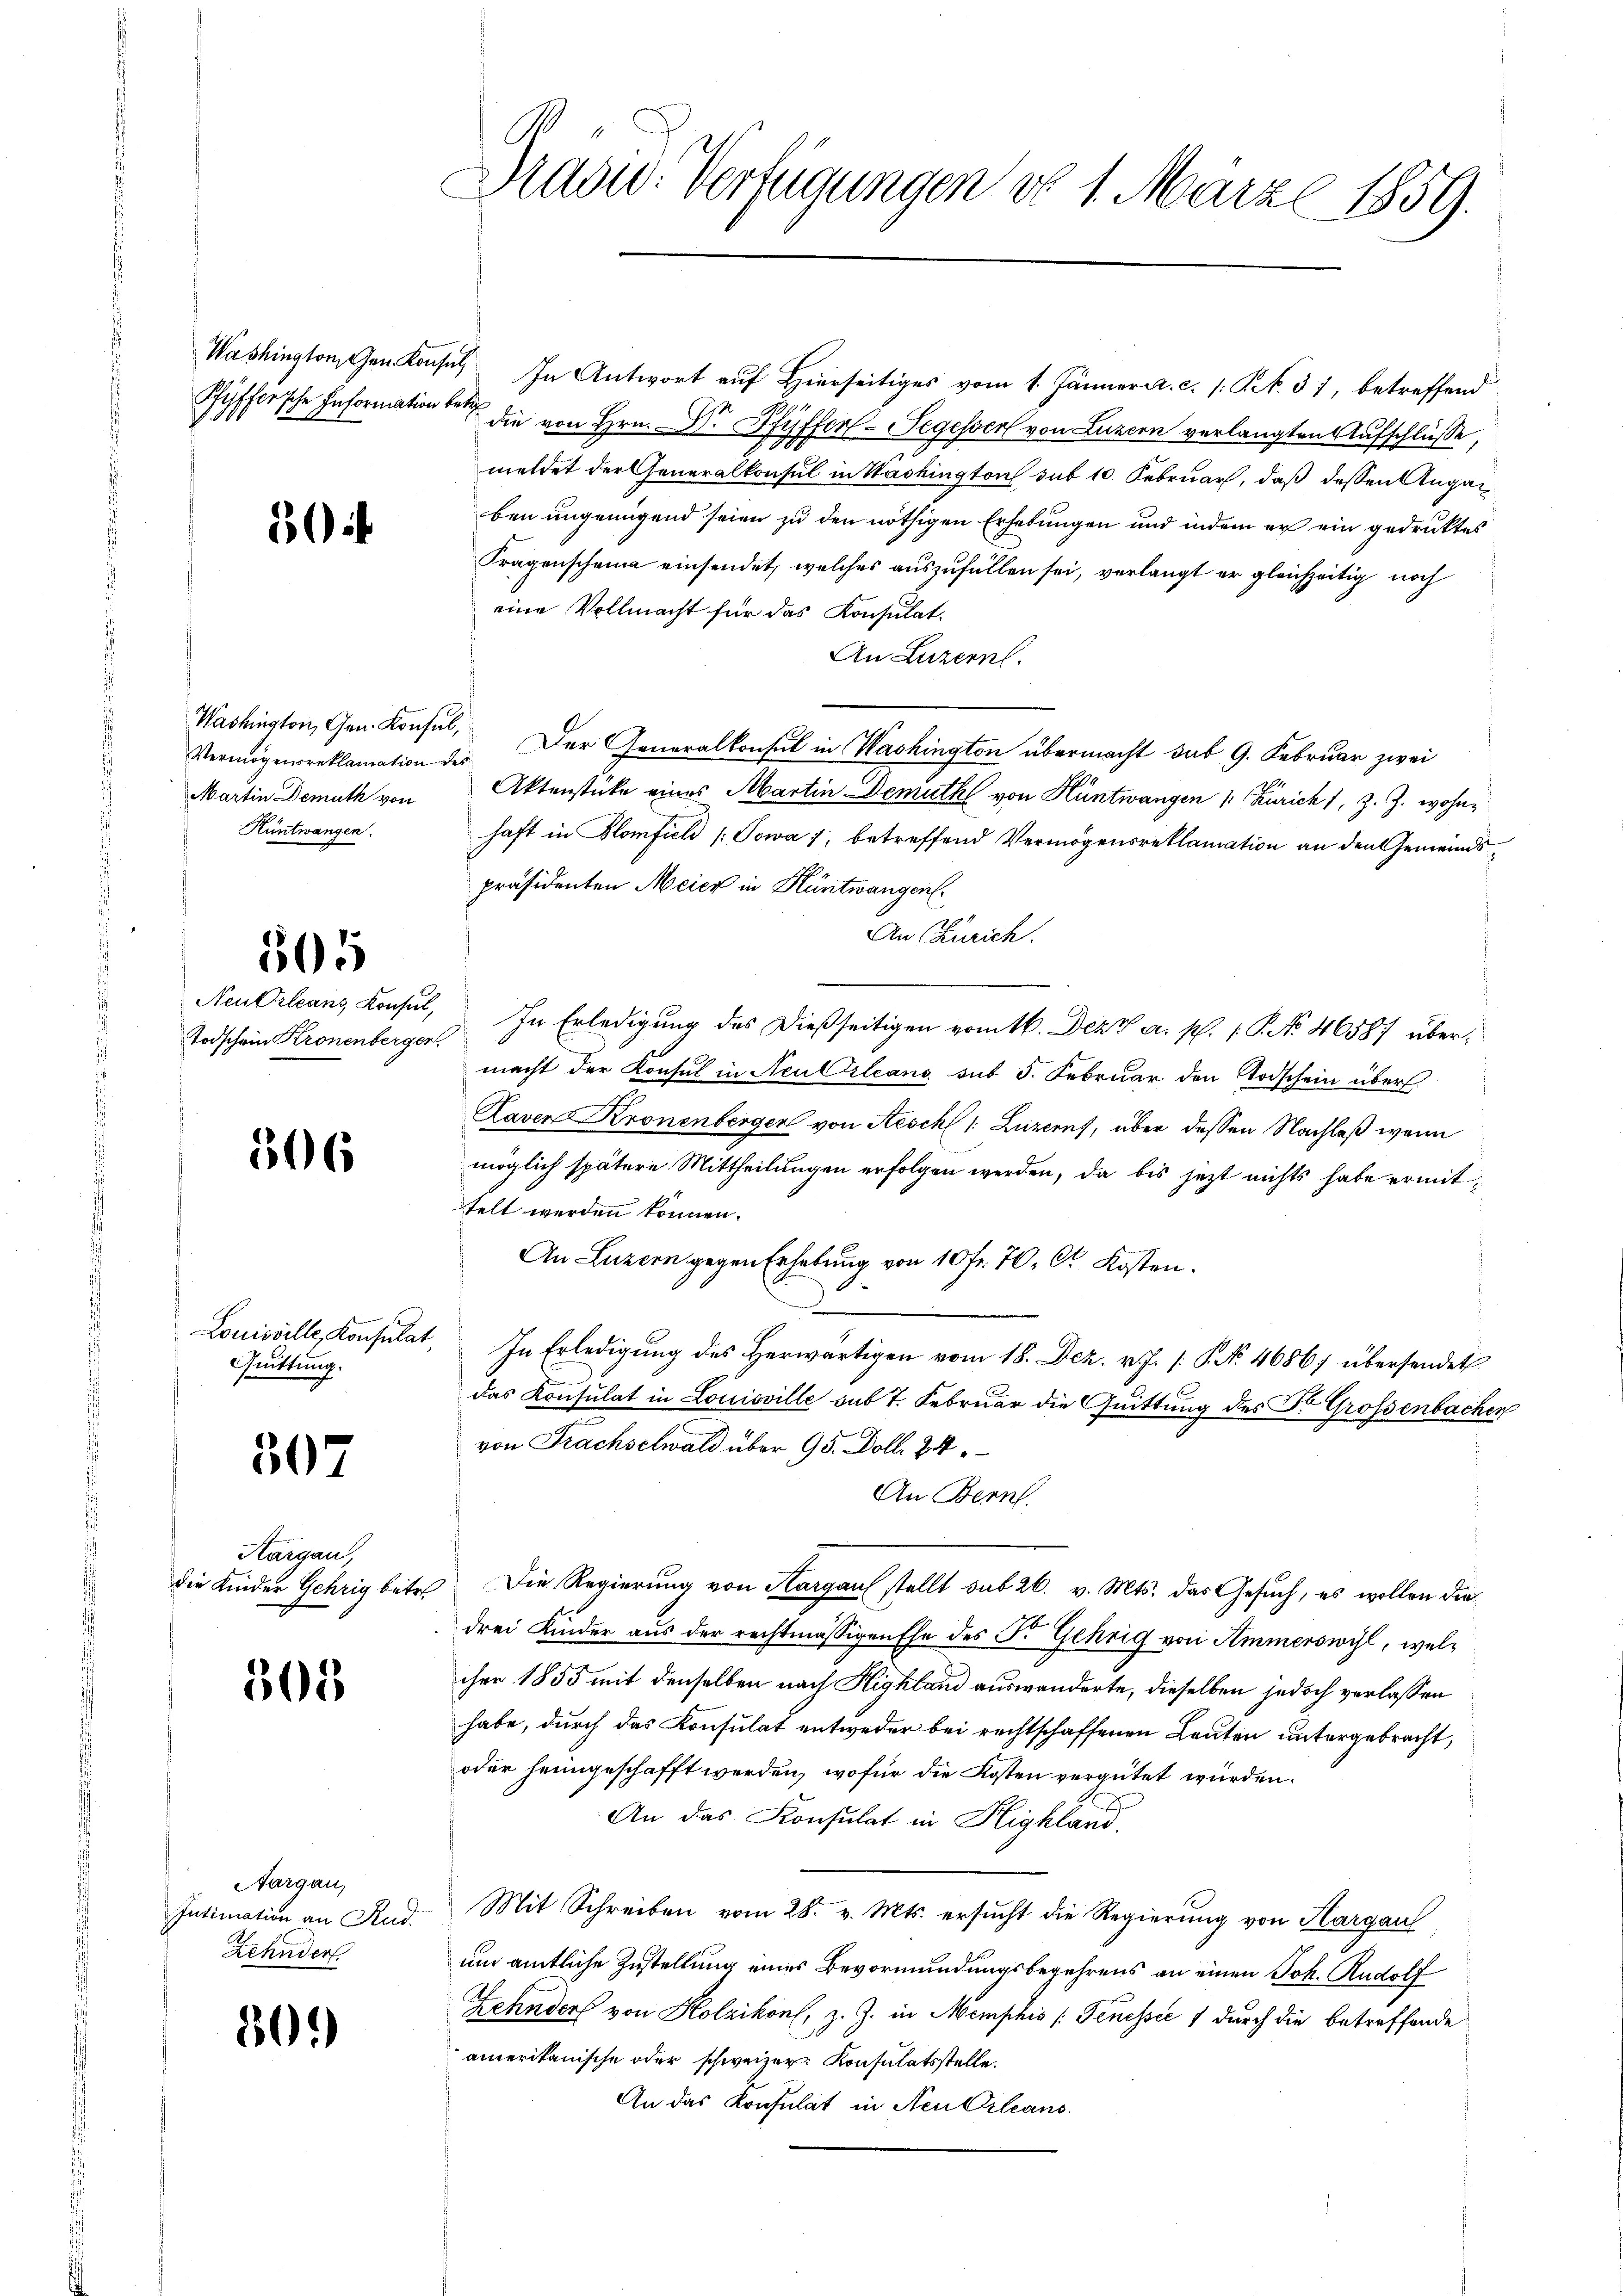
30

Washington, Gen. Konsul,
Martin Demuth von
Küntwangen.

505

Todschein Kronenberger

506

Louisville, Konsulat,
Quittung.

307

Kargau,
die Kinder Gehrig betr.

305

Aargau,
Intimation an Rud.
Zehnder

30.)

Drddw. Verfügungen do 1. März 1859.

Washingtonen Konsul In Antwort auf Hierseitiges vom 1. Jänner a. c. /: Kt. 31, betreffend
Pfiffersche Information der die von Hrn. Dr. Pfyffer Segesser von Luzern verlangten Aufschlüsse,
meldet der Generalkonsul in Washington sub 10. Februar, daß dessen Angaben ungenügend seien zu den nöthigen Erhebungen und indem er ein gedruktes
Fragenscheina einsendet, welches auszufüllen sei, verlangt er gleichzeitig noch
eine Vollmacht für das Konsulat
An Luzern.
Vermögensreklamation des Der Generalkonsul in Washington übermacht das 9. Februar zwei
Aktenstücke eines Martin Demuthl von Hüntwangen 1. Zürich, z. Z. wohnhaft in Blomfield [Towa 1, betreffend Vermögensreklamation an den Gemeindspräsidenten Meier in Hüntwangen.
An Zürich.
Neu Orleans Konsul, In Erledigung des dießseitigen vom 16. Dez. a. p. 1. P. No 46587 übers
macht der Konsul in Neu Orleans sub 5. Februar den Todschein über.
Raven Kronenberger von Aeschl 1: Luzerns, über dessen Nachlaß wenn
möglich spätere Mittheilungen erfolgen werden, da bis jetzt nichts habe ermittelt werden können.
An Luzern gegen Erhebung von 10 fr. 70. C. Kosten.
.
In Erledigung des Herwärtigen vom 18. Dez. v. J. P. No. 4686 übersendet
das Konsulat in Louisville sub 7. Februar die Quittung des Dr. Großenbachen
von Frachselwald über 95. Doll. 24
An Bern.
 Die Regierung von Kargau stellt sub 26. v. Mts. das Gesuch, es wollen die
drei Kinder aus der rechtmässigen Ehe des F. Gehrig von Ammerswil, welcher 1855 mit denselben nach Highland auswanderte, dieselben jedoch verlassen
habe, durch das Konsulat entweder bei rechtschaffenen Leuten untergebracht,
oder heimgeschafft werden, wofür die Kosten vergütet würden.
An das Konsulat in Highland.
Mit Schreiben vom 28. v. Mts. ersucht die Regierung von Hargau
und amtliche Zustellung eines Bevormundungsbegehrens an einen Joh. Rudolf
Zehndorf von Kolzikon, z. Z. in Memphis (Genossee ) durch die betreffende
amerikanische oder schweizer. Konsulatsstelle.
An das Konsulat in Neu Orleans